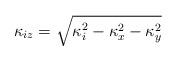
LaTeX: \begin{align*} \kappa_{iz} = \sqrt{\kappa_i^2 - \kappa_x^2 - \kappa_y^2}\end{align*}